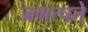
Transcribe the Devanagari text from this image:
जगत्पते